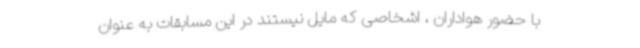
با حضور هواداران ، اشخاصی که مایل نیستند در این مسابقات به عنوان